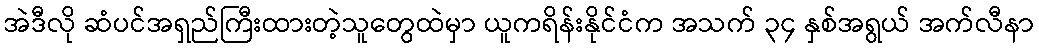
အဲဒီလို ဆံပင်အရှည်ကြီးထားတဲ့သူတွေထဲမှာ ယူကရိန်းနိုင်ငံက အသက် ၃၄ နှစ်အရွယ် အက်လီနာ